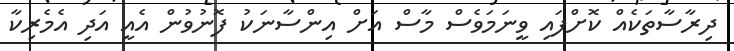
ދިރާސާތަކެއް ކޮށްފައި ވީނަމަވެސް މާސް އަށް އިންސާނަކު ފޮނުވުން އެއީ އަދި އެމެރިކާ